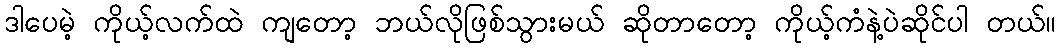
ဒါပေမဲ့ ကိုယ့်လက်ထဲ ကျတော့ ဘယ်လိုဖြစ်သွားမယ် ဆိုတာတော့ ကိုယ့်ကံနဲ့ပဲဆိုင်ပါ တယ်။